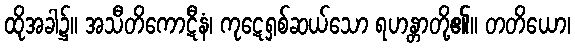
ထိုအခါ၌။ အသီတိကောဋီနံ၊ ကုဋေရှစ်ဆယ်သော ရဟန္တာတို့၏။ တတိယော၊